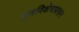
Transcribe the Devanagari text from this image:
गुणविशेषावरून